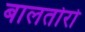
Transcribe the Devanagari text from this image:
बालतोरो